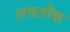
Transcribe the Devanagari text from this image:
लवलौक